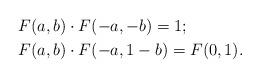
LaTeX: \begin{align*}&F(a,b)\cdot F(-a,-b)=1;\\&F(a,b)\cdot F(-a,1-b)=F(0,1).\end{align*}